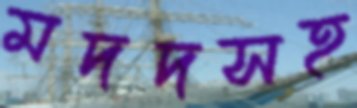
মদদসহ